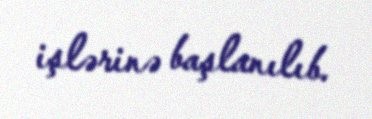
işlərinə başlanılıb.